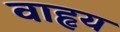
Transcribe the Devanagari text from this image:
वाहृय